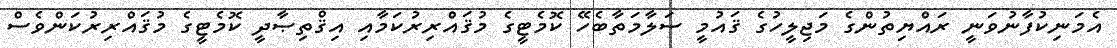
އެމަނިކުފާނުވަނީ ރައްޔިތުންގެ މަޖިލީހުގެ ޤައުމީ ސަލާމަތާބެހޭ ކޮމެޓީގެ މުޤައްރިރުކަމާއި އިޤްތިޞާދީ ކޮމެޓީގެ މުޤައްރިރުކަންވެސް